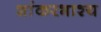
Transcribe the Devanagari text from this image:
शांकरभाश्य